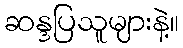
ဆန္ဒပြသူများနဲ့။